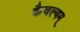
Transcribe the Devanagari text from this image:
कैवल्यम्